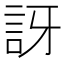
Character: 訝